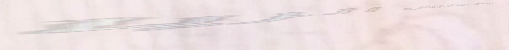
محل السعادة للملابس الريا